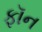
ફૉન